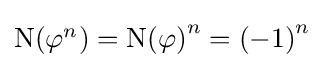
\textstyle \mathrm {N} (\varphi ^{n})={\mathrm {N} (\varphi )}^{n}={(-1)}^{n}